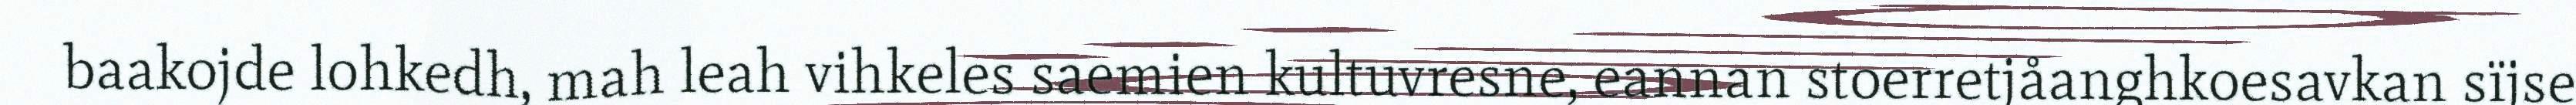
baakojde lohkedh, mah leah vihkeles saemien kultuvresne, eannan stoerretjåanghkoesavkan sïjse